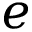
e